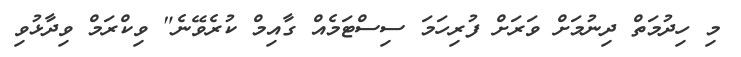
މި ހިދުމަތް ދިނުމަށް ވަރަށް ފުރިހަމަ ސިސްޓަމެއް ގާއިމް ކުރެވޭނެ" ވިކްރަމް ވިދާޅުވި